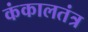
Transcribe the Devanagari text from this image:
कंकालतंत्र